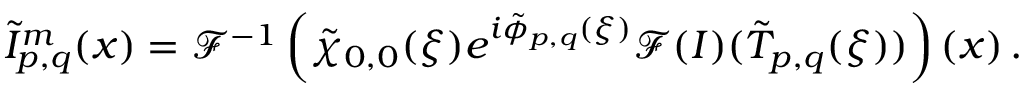
\tilde { I } _ { p , q } ^ { m } ( \boldsymbol { x } ) = \mathcal { F } ^ { - 1 } \left( \tilde { \chi } _ { 0 , 0 } ( \boldsymbol { \xi } ) e ^ { i \tilde { \phi } _ { p , q } ( \boldsymbol { \xi } ) } \mathcal { F } ( I ) ( \tilde { T } _ { p , q } ( \boldsymbol { \xi } ) ) \right) ( \boldsymbol { x } ) \, .